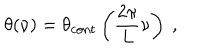
\theta ( \nu ) = \theta _ { \mathrm { c o n t } } \left( \frac { 2 \pi } { L } \nu \right) \ ,